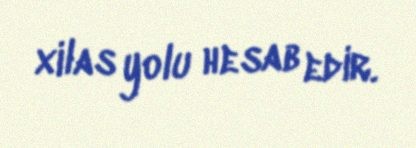
xilas yolu hesab edir.